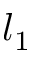
l _ { 1 }